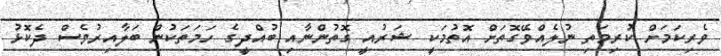
ވެރިކަމަށް ކުރިމަތި ނުލެއްވޭގޮތަށް އޮތުމަކީ ޝަރުއީ ގޮތުންނާއި ބުއްދީގެ ހަމަތަކުން ބަލާއިރުވެސް ދެކޮޅު